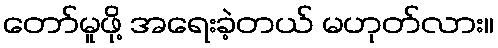
တော်မူဖို့ အရေးခဲ့တယ် မဟုတ်လား။